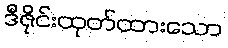
ဒီဇိုင်းထုတ်ထားသော